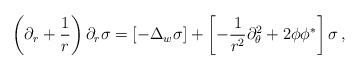
LaTeX: \begin{align*}\left( \partial_r +\frac 1r \right) \partial_r \sigma =\left[ -\Delta_w \sigma \right] +\left[ - \frac 1{r^2}\partial_\theta^2 + 2\phi\phi^* \right]\sigma\,,\end{align*}